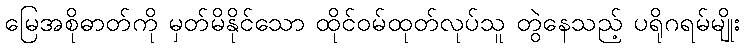
မြေအစိုဓာတ်ကို မှတ်မိနိုင်သော ထိုင်ဝမ်ထုတ်လုပ်သူ တွဲနေသည့် ပရိုဂရမ်မျိုး